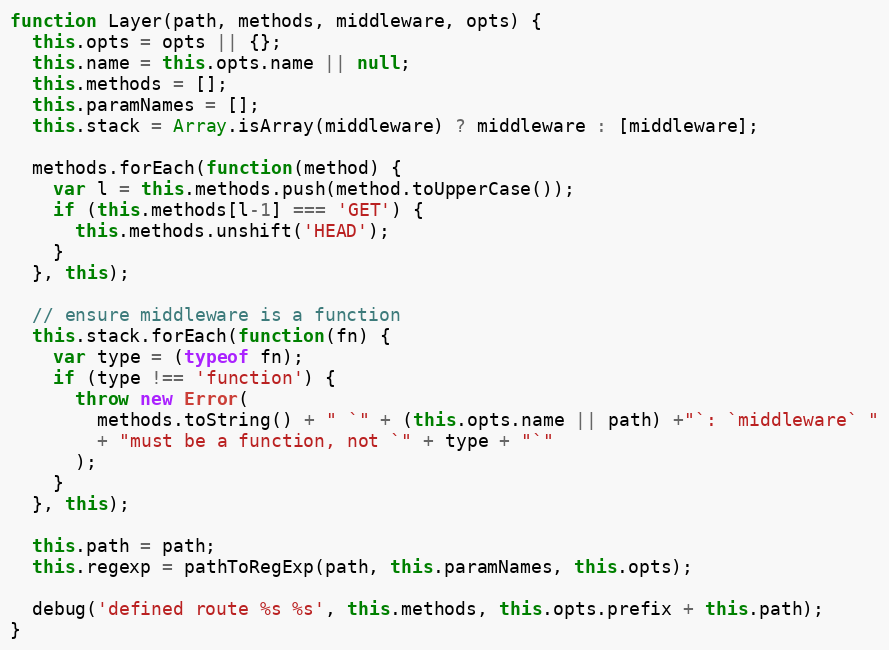
Language: JavaScript
function Layer(path, methods, middleware, opts) {
  this.opts = opts || {};
  this.name = this.opts.name || null;
  this.methods = [];
  this.paramNames = [];
  this.stack = Array.isArray(middleware) ? middleware : [middleware];

  methods.forEach(function(method) {
    var l = this.methods.push(method.toUpperCase());
    if (this.methods[l-1] === 'GET') {
      this.methods.unshift('HEAD');
    }
  }, this);

  // ensure middleware is a function
  this.stack.forEach(function(fn) {
    var type = (typeof fn);
    if (type !== 'function') {
      throw new Error(
        methods.toString() + " `" + (this.opts.name || path) +"`: `middleware` "
        + "must be a function, not `" + type + "`"
      );
    }
  }, this);

  this.path = path;
  this.regexp = pathToRegExp(path, this.paramNames, this.opts);

  debug('defined route %s %s', this.methods, this.opts.prefix + this.path);
}